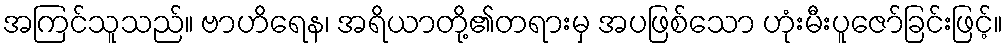
အကြင်သူသည်။ ဗာဟိရေန၊ အရိယာတို့၏တရားမှ အပဖြစ်သော ဟုံးမီးပူဇော်ခြင်းဖြင့်။